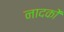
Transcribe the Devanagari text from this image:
नादकों